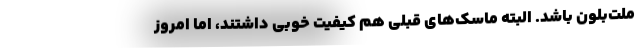
ملت‌بلون باشد. البته ماسک‌های قبلی هم کیفیت خوبی داشتند، اما امروز